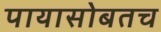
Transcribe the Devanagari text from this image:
पायासोबतच